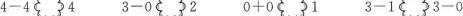
$$4 - 4 4$$ $$3 - 0 2$$ $$0 + 0 1$$ $$3 - 1 3 - 0$$